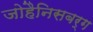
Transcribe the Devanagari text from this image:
जोहैनिसबर्ग